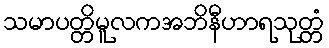
သမာပတ္တိမူလကအဘိနီဟာရသုတ္တံ